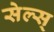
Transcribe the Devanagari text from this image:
सेल्स्